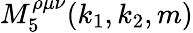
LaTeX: M_{5}^{\rho\mu\nu}(k_{1},k_{2},m)